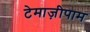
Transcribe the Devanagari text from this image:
टेमाज़ीपाम